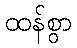
ထန်စွာ